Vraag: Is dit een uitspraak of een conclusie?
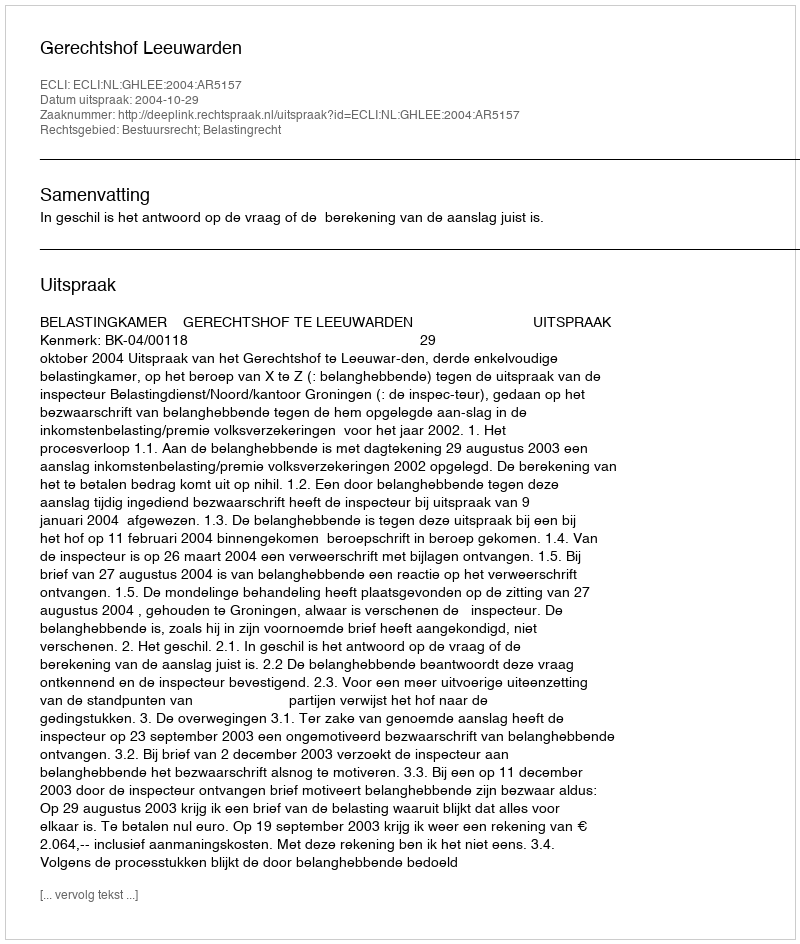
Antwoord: Uitspraak